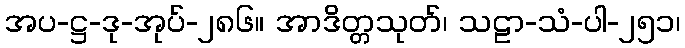
အပ-ဋ္ဌ-ဒု-အုပ်-၂၈၆။ အာဒိတ္တသုတ်၊ သဠာ-သံ-ပါ-၂၅၁၊